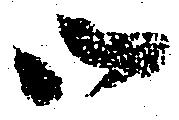
御